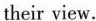
their view.